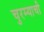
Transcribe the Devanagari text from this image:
चुरम्याची